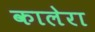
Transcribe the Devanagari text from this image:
कालेरा